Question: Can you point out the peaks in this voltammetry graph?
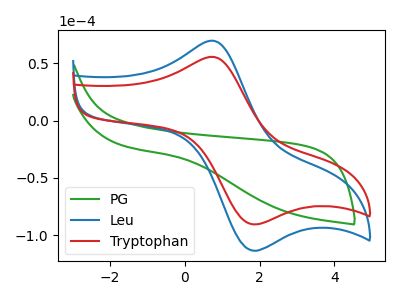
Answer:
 <answer>The green curve "PG" has no peaks. The blue curve "Leu" has an anodic peak at (0.70V, 69.75uA) and a cathodic peak at (1.75V, -112.75uA). The red curve "Tryptophan" has an anodic peak at (0.70V, 55.65uA) and a cathodic peak at (1.75V, -89.95uA).</answer>
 <eval></eval>